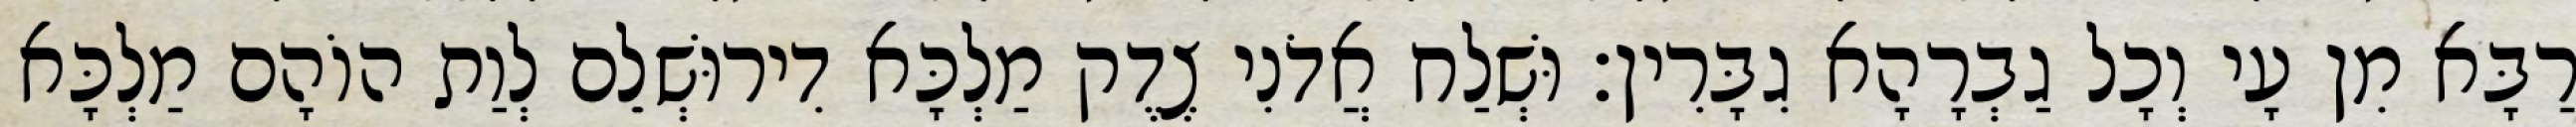
רַבָּא מִן עָי וְכָל גַבְרָהָא גִבָּרִין׃ וּשְׁלַח אֲדֹנִי צֶדֶק מַלְכָּא דִירוּשְׁלֵם לְוַת הוֹהָם מַלְכָּא